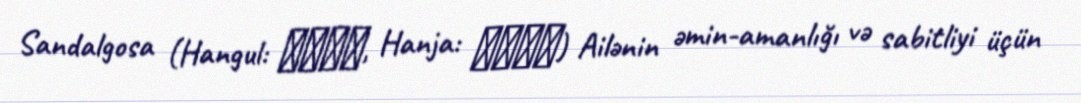
Sandalgosa (Hangul: 상달고사, Hanja: 上달告祀) Ailənin əmin-amanlığı və sabitliyi üçün